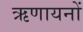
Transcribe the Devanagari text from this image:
ऋणायनों